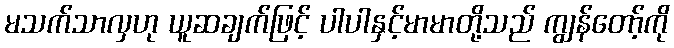
မသက်သာလှဟု ယူဆချက်ဖြင့် ပါပါနှင့်မာမာတို့သည် ကျွန်တော့်ကို